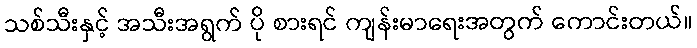
သစ်သီးနှင့် အသီးအရွက် ပို စားရင် ကျန်းမာရေးအတွက် ကောင်းတယ်။